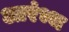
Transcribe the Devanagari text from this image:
आरंभ्भ